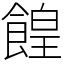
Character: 餭